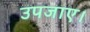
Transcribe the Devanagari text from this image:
उपजाए।